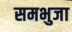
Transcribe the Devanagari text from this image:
समभुजा